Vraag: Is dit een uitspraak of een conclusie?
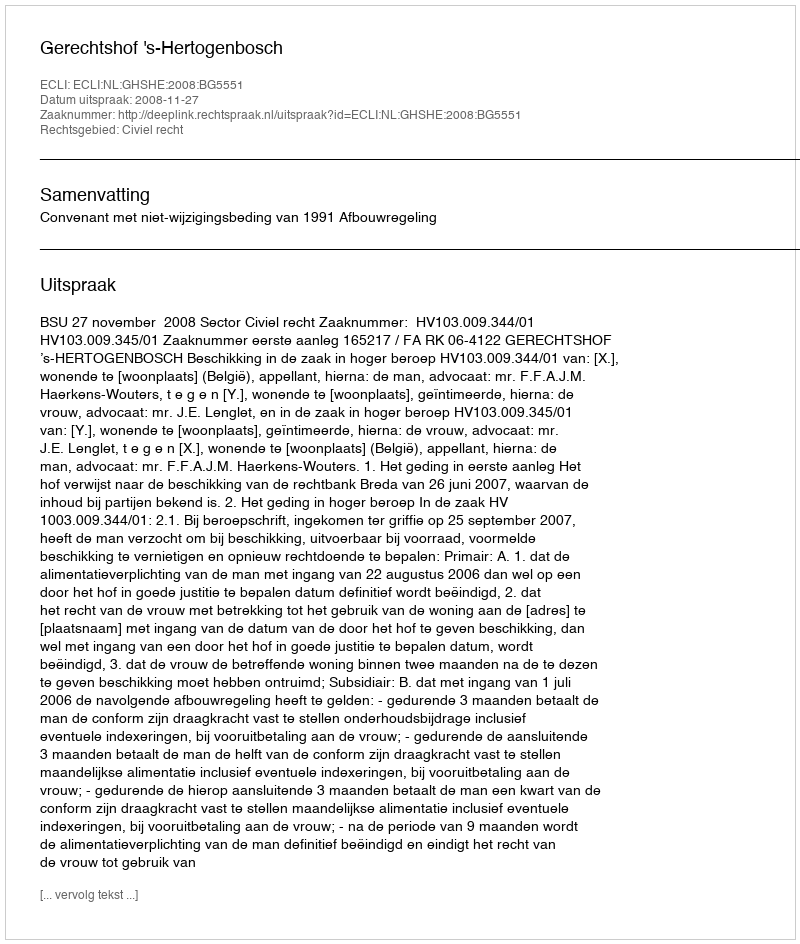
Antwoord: Uitspraak